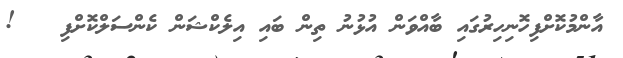
އާންމުކޮށްފިހޮނިހިރުގައި ބާއްވަން އުޅުނު ތިން ބައި އިލެކްޝަން ކެންސަލްކޮށްފި   !